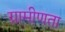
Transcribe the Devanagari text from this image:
ग्रामीणता